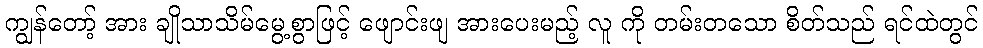
ကျွန်တော့် အား ချိုသာသိမ်မွေ့စွာဖြင့် ဖျောင်းဖျ အားပေးမည့် လူ ကို တမ်းတသော စိတ်သည် ရင်ထဲတွင်